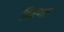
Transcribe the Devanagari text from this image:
दिएगए